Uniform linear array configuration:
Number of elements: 24
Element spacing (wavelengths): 0.25
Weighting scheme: exponential
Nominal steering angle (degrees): -15
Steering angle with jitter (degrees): -14.063
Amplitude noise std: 0.05
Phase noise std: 0.05

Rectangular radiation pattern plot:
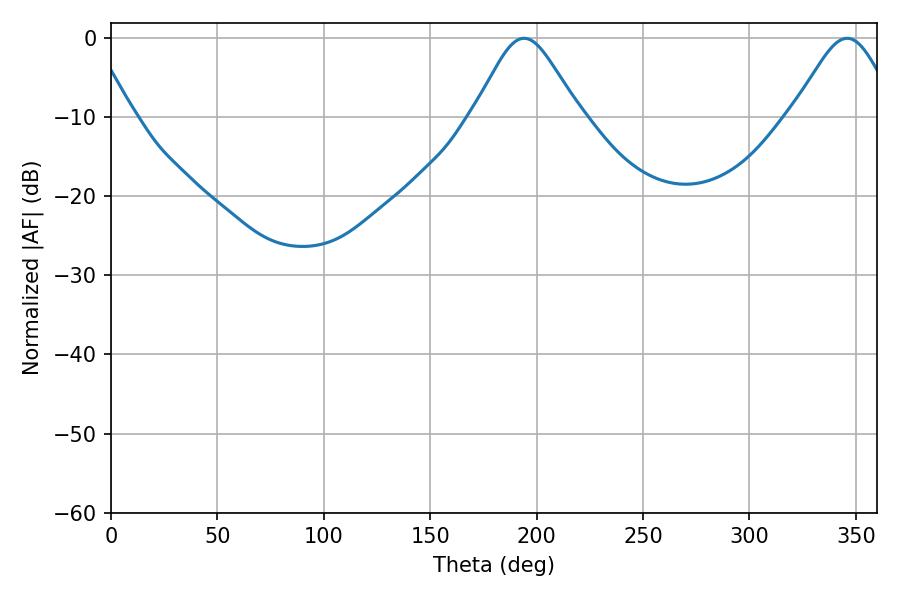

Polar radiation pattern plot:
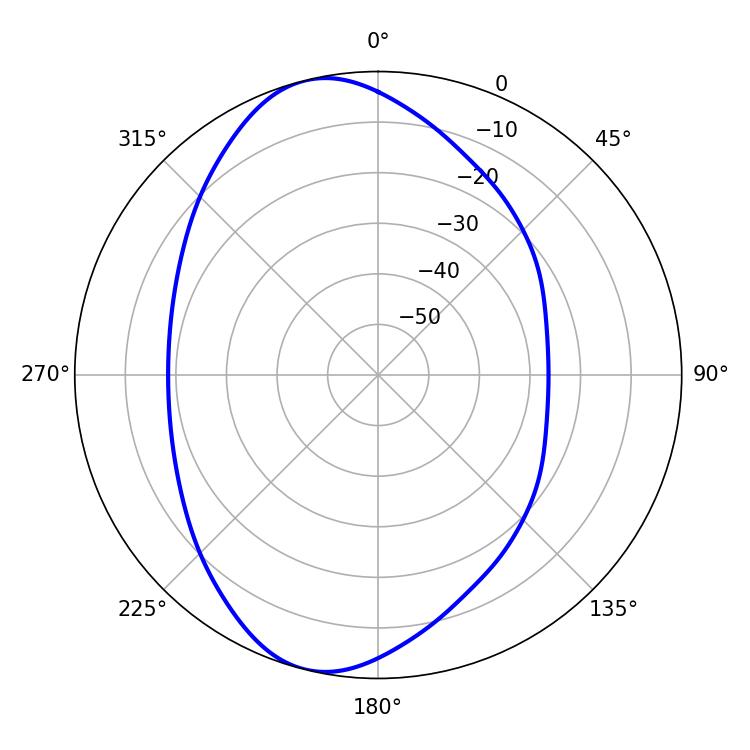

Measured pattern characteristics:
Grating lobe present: FALSE
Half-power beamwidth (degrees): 24.12
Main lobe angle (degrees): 194.04